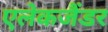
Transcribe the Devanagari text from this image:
एलेकजैंडर